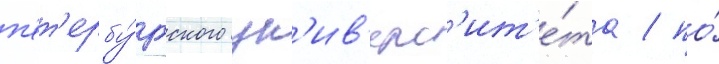
п'ет'ербу́ргского ун'ив'ерс'ит'е́та / по́